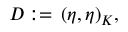
D : = \, ( \eta , \eta ) _ { K } ,